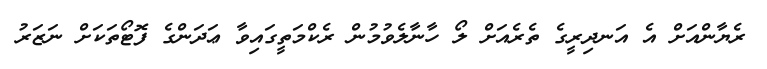
ރެޔާންއަށް އެ އަނދިރީގެ ތެރެއަށް ލޯ ހާނާލެވުމުން ރެކްމަތީގައިވާ ޢަދަންގެ ފޮޓޯތަކަށް ނަޒަރު